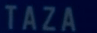
TAZA